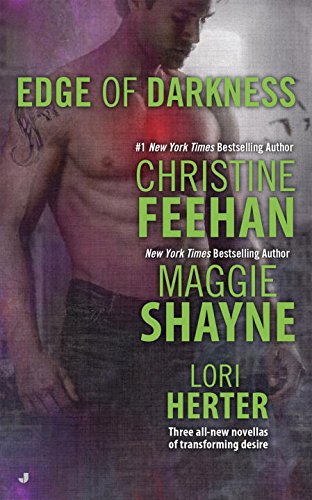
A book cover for Edge of Darkness; Christine Feehan; Romance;